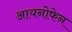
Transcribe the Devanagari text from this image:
आयनोफेन